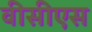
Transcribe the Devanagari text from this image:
वीसीएस